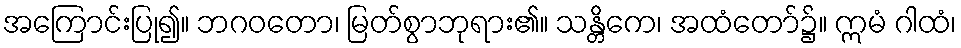
အကြောင်းပြု၍။ ဘဂဝတော၊ မြတ်စွာဘုရား၏။ သန္တိကေ၊ အထံတော်၌။ ဣမံ ဂါထံ၊